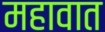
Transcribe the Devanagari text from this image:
महावात